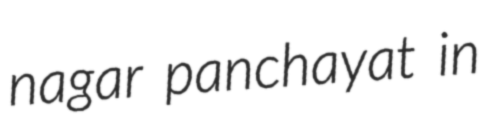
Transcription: nagar panchayat in